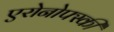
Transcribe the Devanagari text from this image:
एरोनोफ्स्की